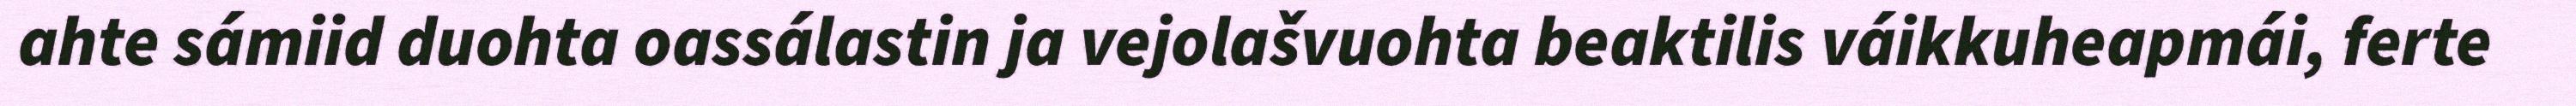
ahte sámiid duohta oassálastin ja vejolašvuohta beaktilis váikkuheapmái, ferte